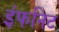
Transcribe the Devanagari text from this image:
इंफनिट